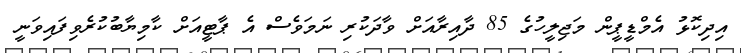
އިދިކޮޅު އެމްޑީޕީން މަޖިލީހުގެ 85 ދާއިރާއަށް ވާދަކުރި ނަމަވެސް އެ ޕާޓީއަށް ކާމިޔާބުކުރެވިފައިވަނީ